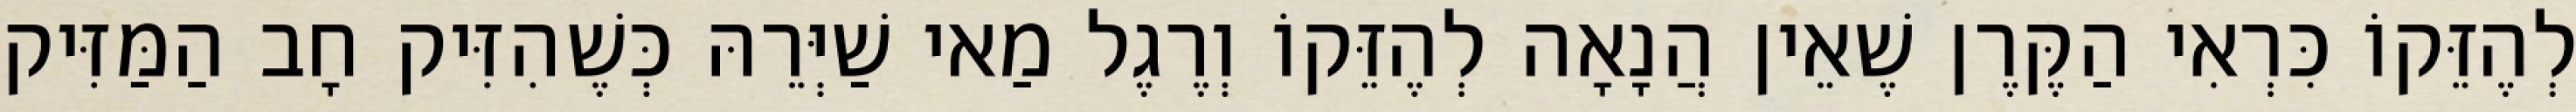
לְהֶזֵּקוֹ כִּרְאִי הַקֶּרֶן שֶׁאֵין הֲנָאָה לְהֶזֵּקוֹ וְרֶגֶל מַאי שַׁיְּרֵהּ כְּשֶׁהִזִּיק חָב הַמַּזִּיק